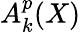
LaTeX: A_{k}^{p}(X)